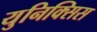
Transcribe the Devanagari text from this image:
युनिक्सिस